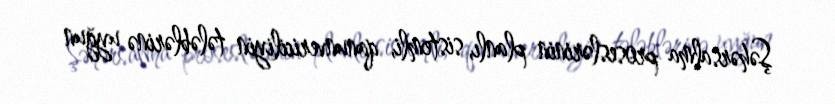
Şəhərsalma proseslərinin planlı, sistemli, qanunvericiliyin tələblərinə uyğun